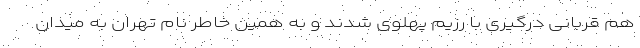
هم قربانی درگیری با رزیم پهلوی شدند و به همین خاطر نام تهران به میدان